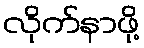
လိုက်နာဖို့